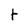
Character: t